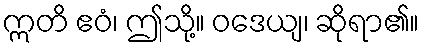
ဣတိ ဧဝံ၊ ဤသို့။ ဝဒေယျ၊ ဆိုရာ၏။